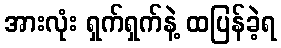
အားလုံး ရှက်ရှက်နဲ့ ထပြန်ခဲ့ရ